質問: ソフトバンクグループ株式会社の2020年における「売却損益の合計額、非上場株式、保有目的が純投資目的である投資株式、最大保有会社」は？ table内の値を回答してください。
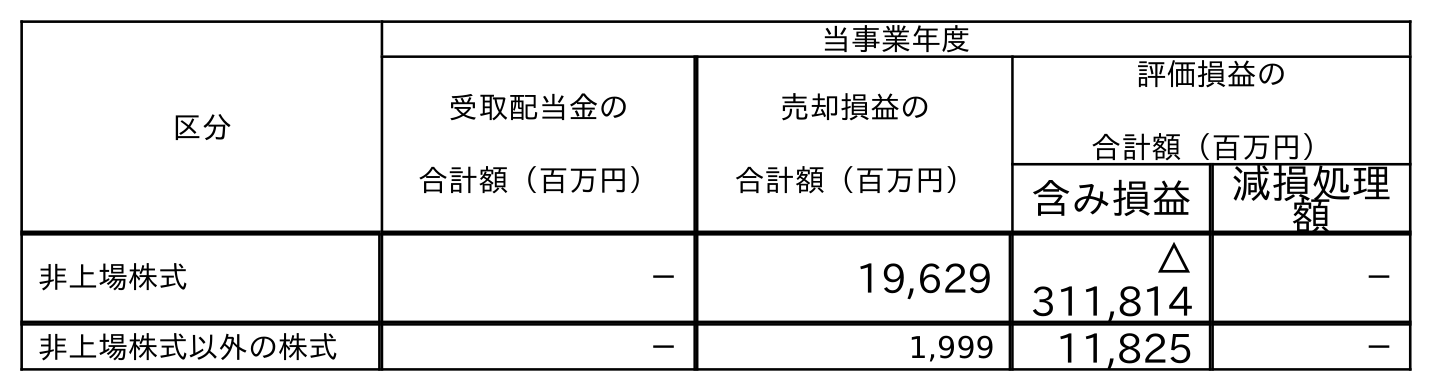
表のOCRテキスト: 区分 当事業年度 受取配当金の 合計額（百万円） 売却損益の 合計額（百万円） 評価損益の 合計額（百万円） 含み損益 減損処理 額 非上場株式 － 19,629 △ 311,814 － 非上場株式以外の株式 － 1,999 11,825 －
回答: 19,629